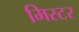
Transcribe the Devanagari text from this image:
मिस्‍टर